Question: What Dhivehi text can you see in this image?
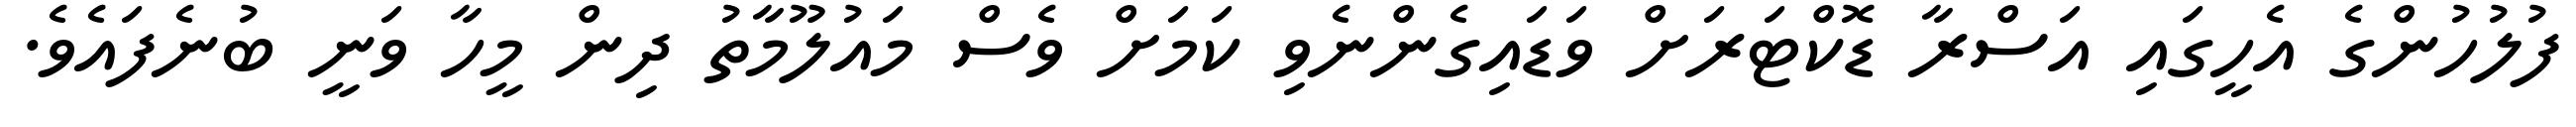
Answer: ފުލުހުންގެ އެހީގައި އަސްރާ ޑޮކްޓަރަށް ވަޑައިގެންނެވި ކަމަށް ވެސް މައުލޫމާތު ދިން މީހާ ވަނީ ބުނެފައެވެ.